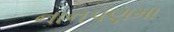
નાનપણમા